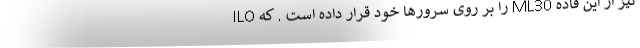
ILO را بر روی سرورها خود قرار داده است . که ML30 نیز از این قاده